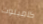
كاميلوت